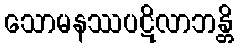
သောမနဿပဋိလာဘန္တိ